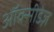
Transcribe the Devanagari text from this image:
ऑक्सीडेज़